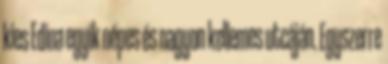
kies Edina egyik népes és nagyon kellemes utcáján. Egyszerre